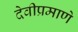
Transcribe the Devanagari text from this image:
देवीप्रमाणे